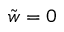
\tilde { w } = 0